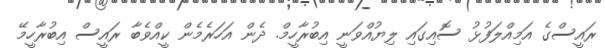
ރައީސްގެ އަމިއްލަފުޅު ސޮއިގައި ލިޔުއްވަނީ އިބުރާހީމް. ދެން އަހަރެމެން ކީއްވެބާ ރައީސް އިބުރާހީމޭ